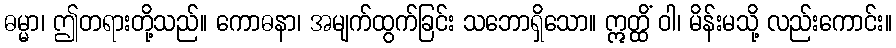
ဓမ္မာ၊ ဤတရားတို့သည်။ ကောဓနာ၊ အမျက်ထွက်ခြင်း သဘောရှိသော။ ဣတ္ထိံ ဝါ၊ မိန်းမသို့ လည်းကောင်း။